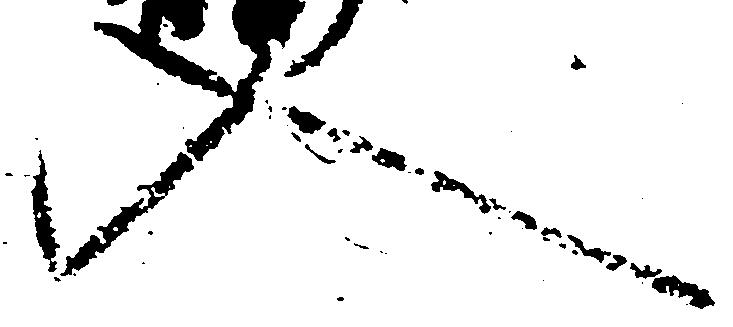
入